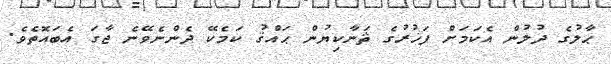
ޙާލުގެ ދުލުން އެކަމަށް ފަޚުރުގެ ޘަނާކިޔުން ޙައްޤު ކަމެކޭ ދެންނެވޭނެ ޖާގަ އެބައޮތެވެ.